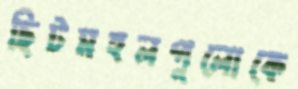
ছিটমহলগুলোকে